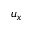
u _ { x }